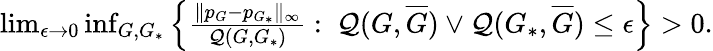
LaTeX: \begin{array}{r}{\operatorname*{lim}_{\epsilon\to 0}\operatorname*{inf}_{G,G_{*}}{\left\{ \frac{\| p_{G}-p_{G_{*}}\| _{\infty}}{\mathcal{Q}(G,G_{*})}:\ \mathcal{Q}(G,\overline{{G}})\vee\mathcal{Q}(G_{*},\overline{{G}})\leq\epsilon\right\} }>0.}\end{array}